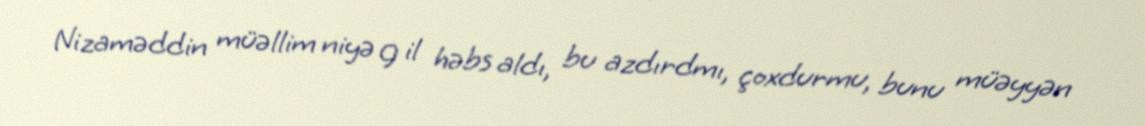
Nizaməddin müəllim niyə 9 il həbs aldı, bu azdırdmı, çoxdurmu, bunu müəyyən